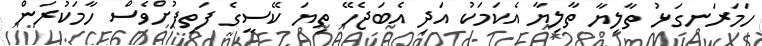
ހަމަރަނގަޅު ތާލިޔާ ތާލިޔާ އެކަމަކު އަދި އެބަޖެހޭ ތިޔަ ކޭސީގެ ފަތިފުށްވެސް ހާމަކުރަން